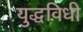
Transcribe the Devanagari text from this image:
युद्धविधी